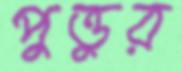
পুত্তুর